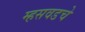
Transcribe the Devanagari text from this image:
म्हसवडचे